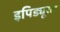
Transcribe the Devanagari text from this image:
इपिड्यूरल